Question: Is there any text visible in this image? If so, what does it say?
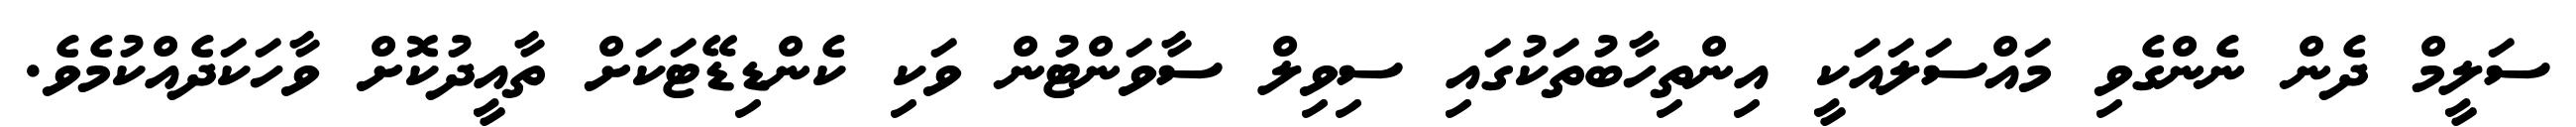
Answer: ސަލީމް ދެން ނެންގެވި މައްސަލައަކީ އިންތިހާބުތަކުގައި ސިވިލް ސާވަންޓުން ވަކި ކެންޑިޑޭޓަކަށް ތާއީދުކޮށް ވާހަކަދެއްކުމެވެ.